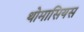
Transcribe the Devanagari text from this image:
थोमासियस